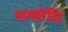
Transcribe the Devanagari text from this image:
सम्‍बोधि